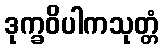
ဒုက္ခဝိပါကသုတ္တံ